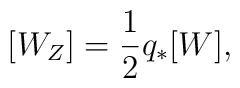
[W_{Z}] = \frac{1}{2}q_{*}[W] ,